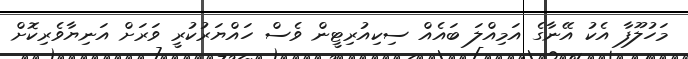
މަހުލޫފާ އެކު އޭނާގެ އަމިއްލަ ބައެއް ސިކިއުރިޓީން ވެސް ހައްޔަރުކުރީ ވަރަށް އަނިޔާވެރިކޮށް